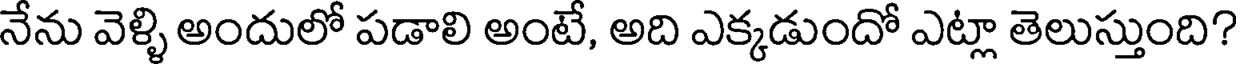
నేను వెళ్ళి అందులో పడాలి అంటే, అది ఎక్కడుందో ఎట్లా తెలుస్తుంది?